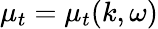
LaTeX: \mu_{t}=\mu_{t}(k,\omega)